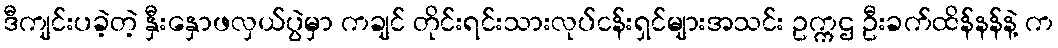
ဒီကျင်းပခဲ့တဲ့ နှီးနှောဖလှယ်ပွဲမှာ ကချင် တိုင်းရင်းသားလုပ်ငန်းရှင်များအသင်း ဥက္ကဌ ဦးခက်ထိန်နန်နဲ့ က